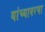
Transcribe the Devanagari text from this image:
यांच्यावरचा